Plague in India, 1896, 1897 - Volume 2
Year: 1896
Disease focus: Plague
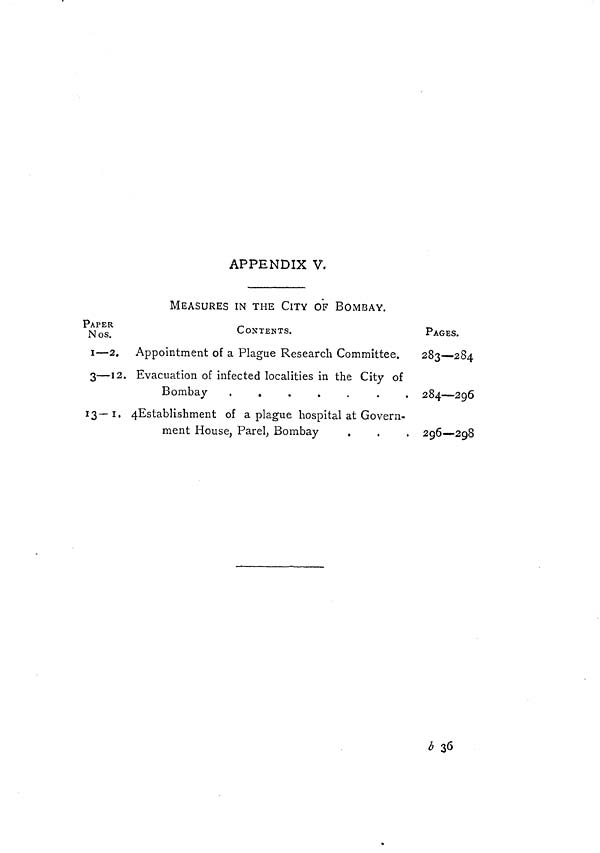
APPENDIX V.
MEASURES IN THE CITY OF BOMBAY.
PAPER
Nos.
I — 2.
3—12.
13-1
CONTENTS.
Appointment of a Plague Research Committee.
Evacuation of infected localities in the City of
Bombay
.
.
.
.
.
.
4Establi,shment of a plague hospital at Govern-
ment House, Parel, Bombay
PAGES.
283—284
284 — 296
296—298
b 36